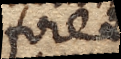
foret